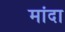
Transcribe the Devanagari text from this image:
मांदा